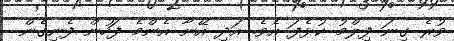
ވުރެ ގިނަ ފިލްމު ކުޅެފަ އެވެ. އަދި އޭނާ އެންމެ ފަހުން ފެނިގެން